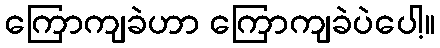
ကြောကျခဲဟာ ကြောကျခဲပဲပေါ့။